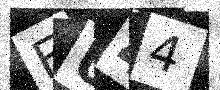
Text: EU44